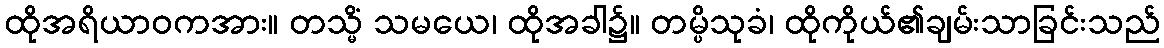
ထိုအရိယာဝကအား။ တသ္မိံ သမယေ၊ ထိုအခါ၌။ တမ္ပိသုခံ၊ ထိုကိုယ်၏ချမ်းသာခြင်းသည်